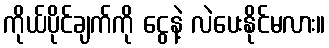
ကိုယ်ပိုင်ချက်ကို ငွေနဲ့ လဲပေးနိုင်မလား။